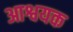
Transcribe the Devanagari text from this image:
आश्वयक